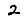
Digit: 2